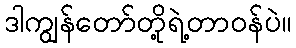
ဒါကျွန်တော်တို့ရဲ့တာဝန်ပဲ။